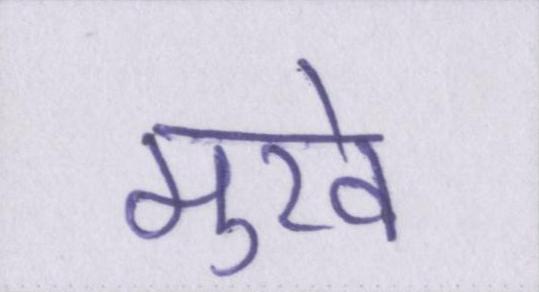
मुखे